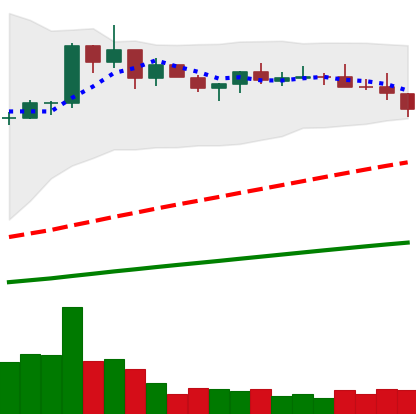
Ticker: BNB-USD
Chart end date: 2021-03-25
Forward return: 32.586%
Label: up_7plus